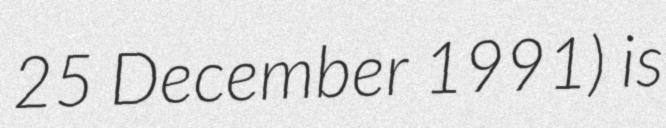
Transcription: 25 December 1991) is